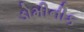
ડોમીનીક